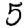
Digit: 5